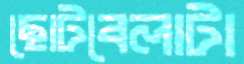
ছোটবেলাটা